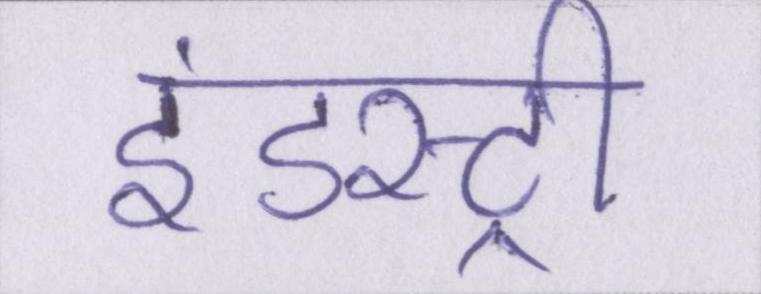
इंडस्ट्री